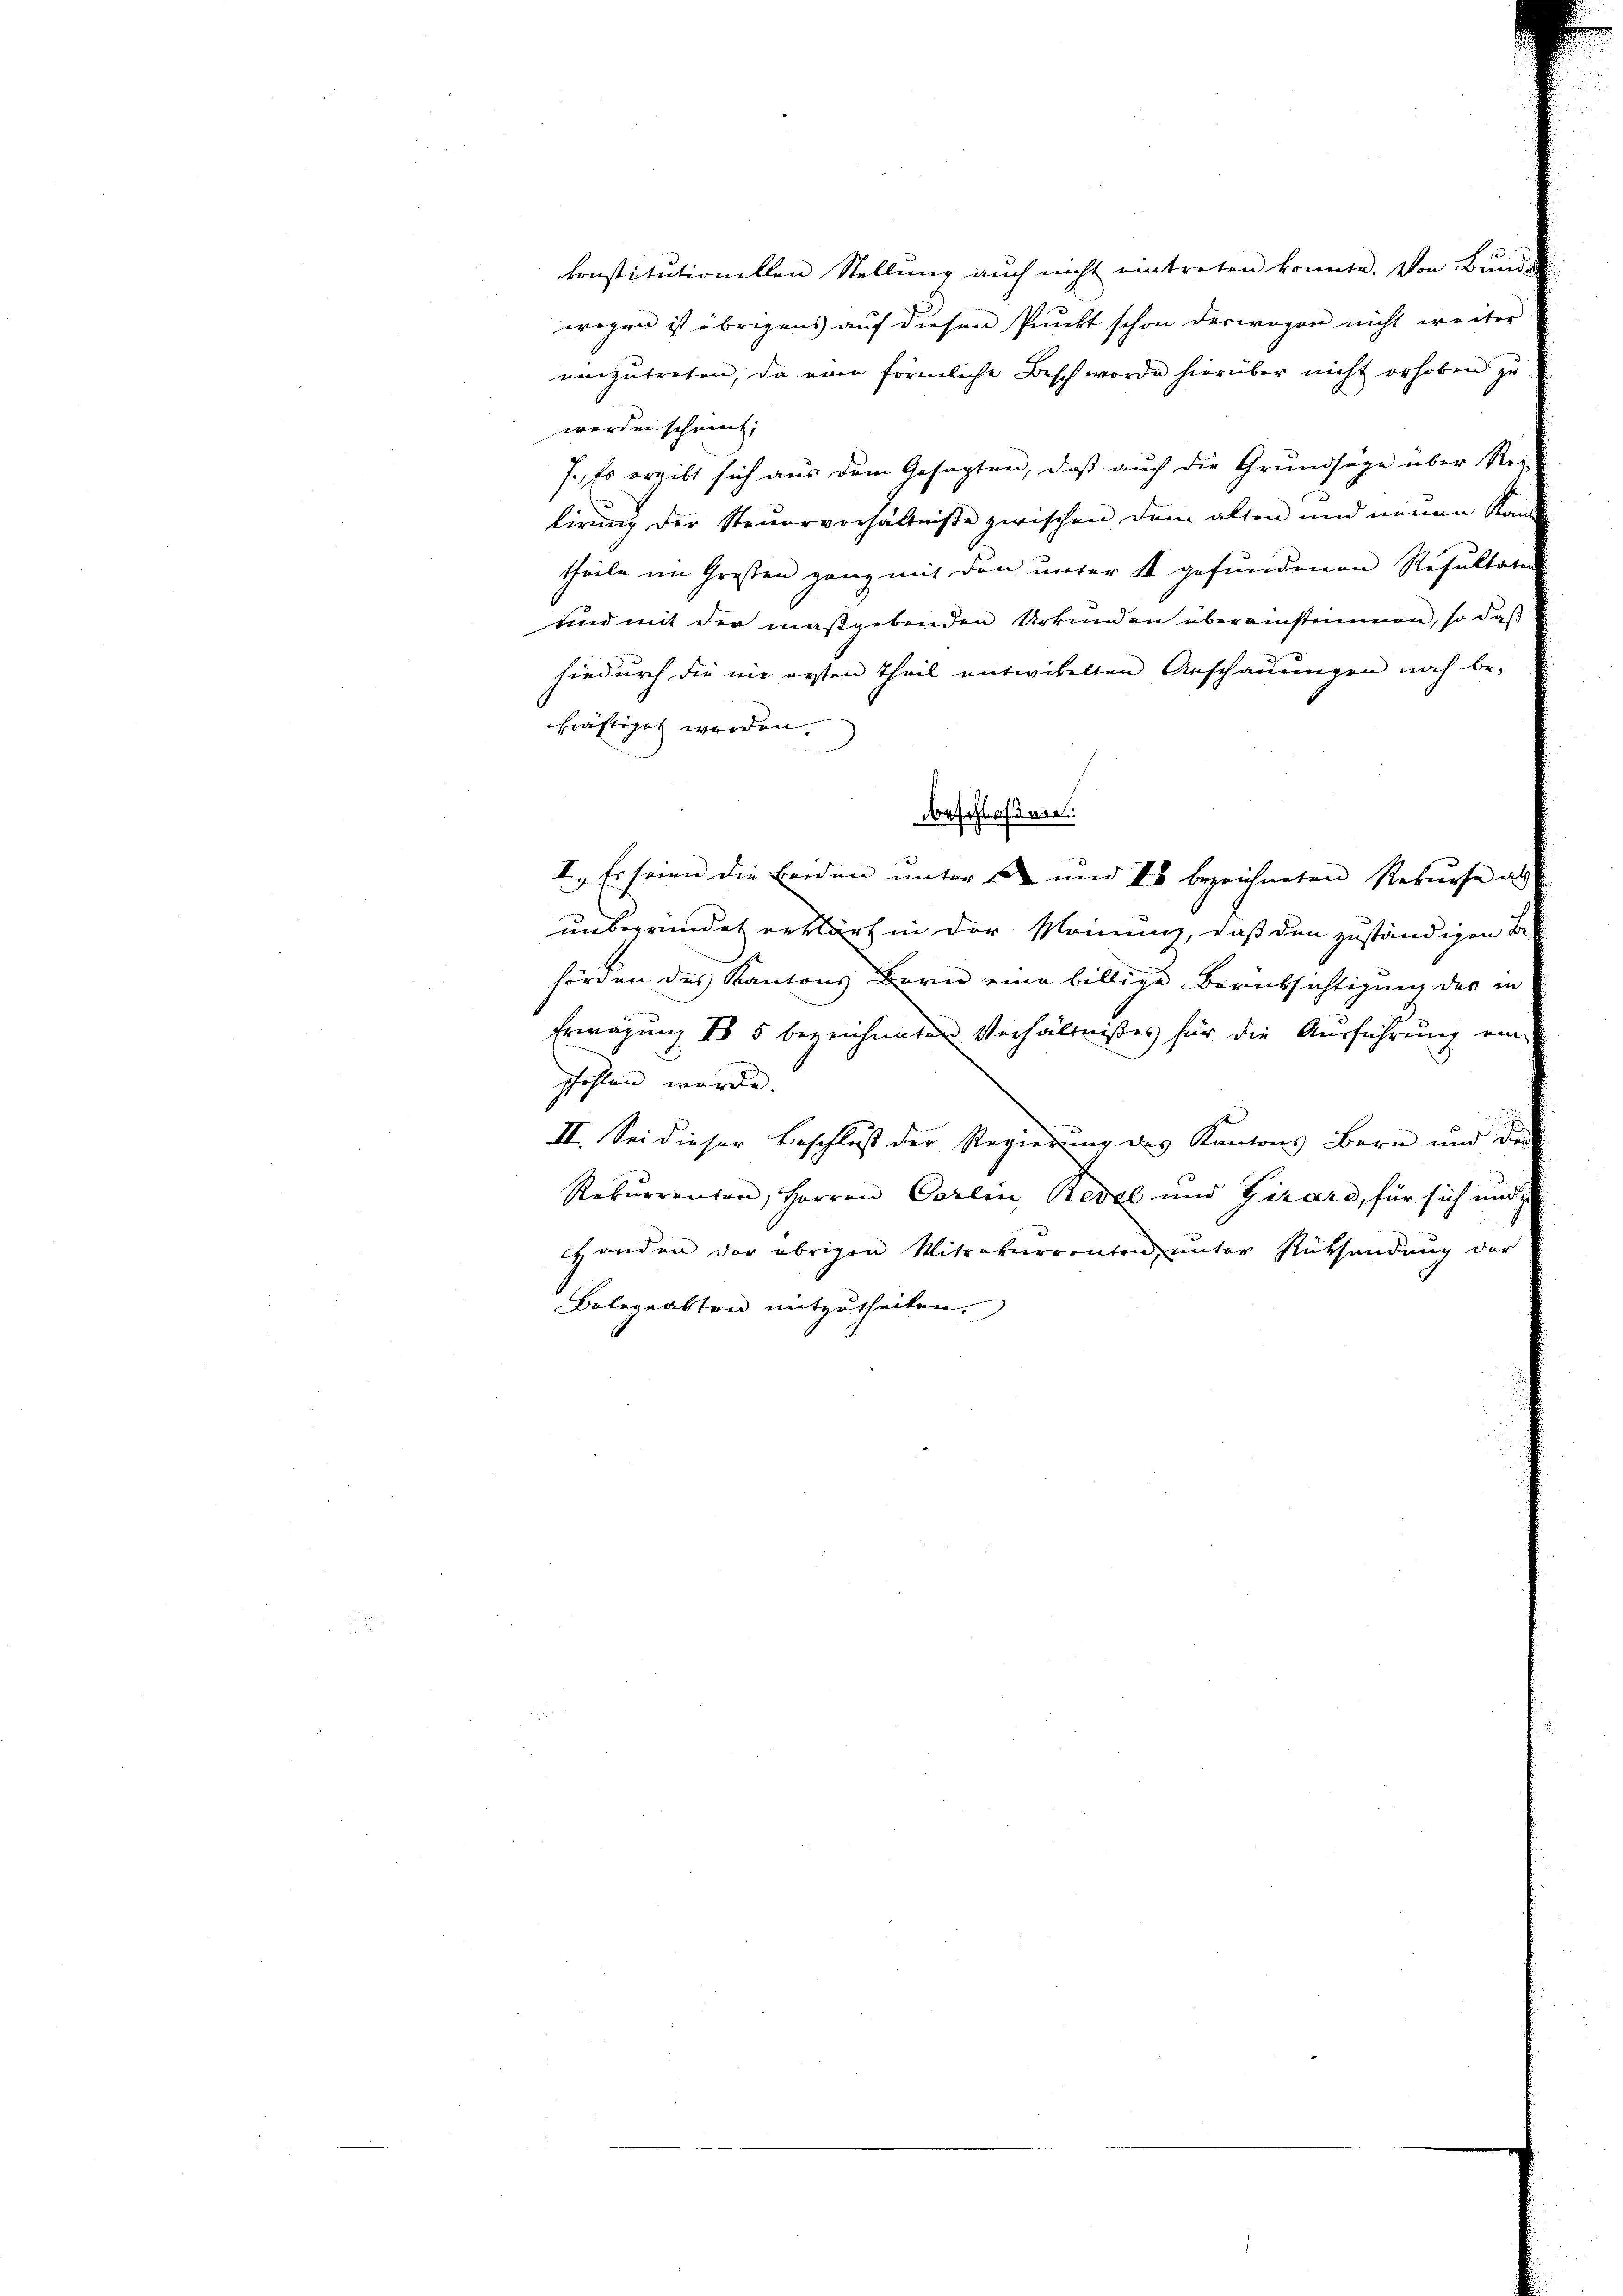
konstitutionellen Stellung auch nicht eintreten konnte. Von Bunde
wegen ist übrigens auf diesen Punkt schon deswegen nicht weiter
einzutreten, da eine förmliche Besch worde hierüber nicht erhoben zu
werden schweiz,
7., Es ergibt sich aus dem Gesagten, daß auch die Grundsage über Reg-
E
lirung der Steuerverhältniße zwischen dem alten und neuen Kan
theile im Großen ganz mit den unter A. gefundenen Resultate
und mit der maßgebenden Urkunden übereinstimmen, so daß
hiedurch die nie ersten Theil entwitelten Anschauungen noch be-
kräftiget werden.
I. Es seien die Erden unters und I bezeichneten Rekurse als
unbegründet erklärt in der Meinung, daß den zuständigen Be
hörden des Kantons Bern eine billige Berücksichtigung des in
Erwägung IV 5 bezeichneten Verhältnißes für die Ausführung ein
pfohlen würde.
II. Sei dieser Beschluß der Regierung des Kantons Bern und dies
Rekurrenten, Herren Carlin, Redel und Girard, für sich und
Handen der übrigen Mitrekurrenten unter Rüksendung der
Bolegatten mitzutheilen.

beschloßen: